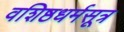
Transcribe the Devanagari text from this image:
वशिष्ठधर्मसूत्र